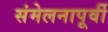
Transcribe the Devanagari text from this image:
संमेलनापूर्वी